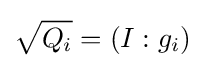
{\sqrt {Q_{i}}}=(I:g_{i})